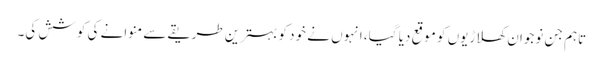
تاہم جن نوجوان کھلاڑیوں کو موقع دیا گیا، انہوں نے خود کو بہترین طریقے سے منوانے کی کوشش کی۔